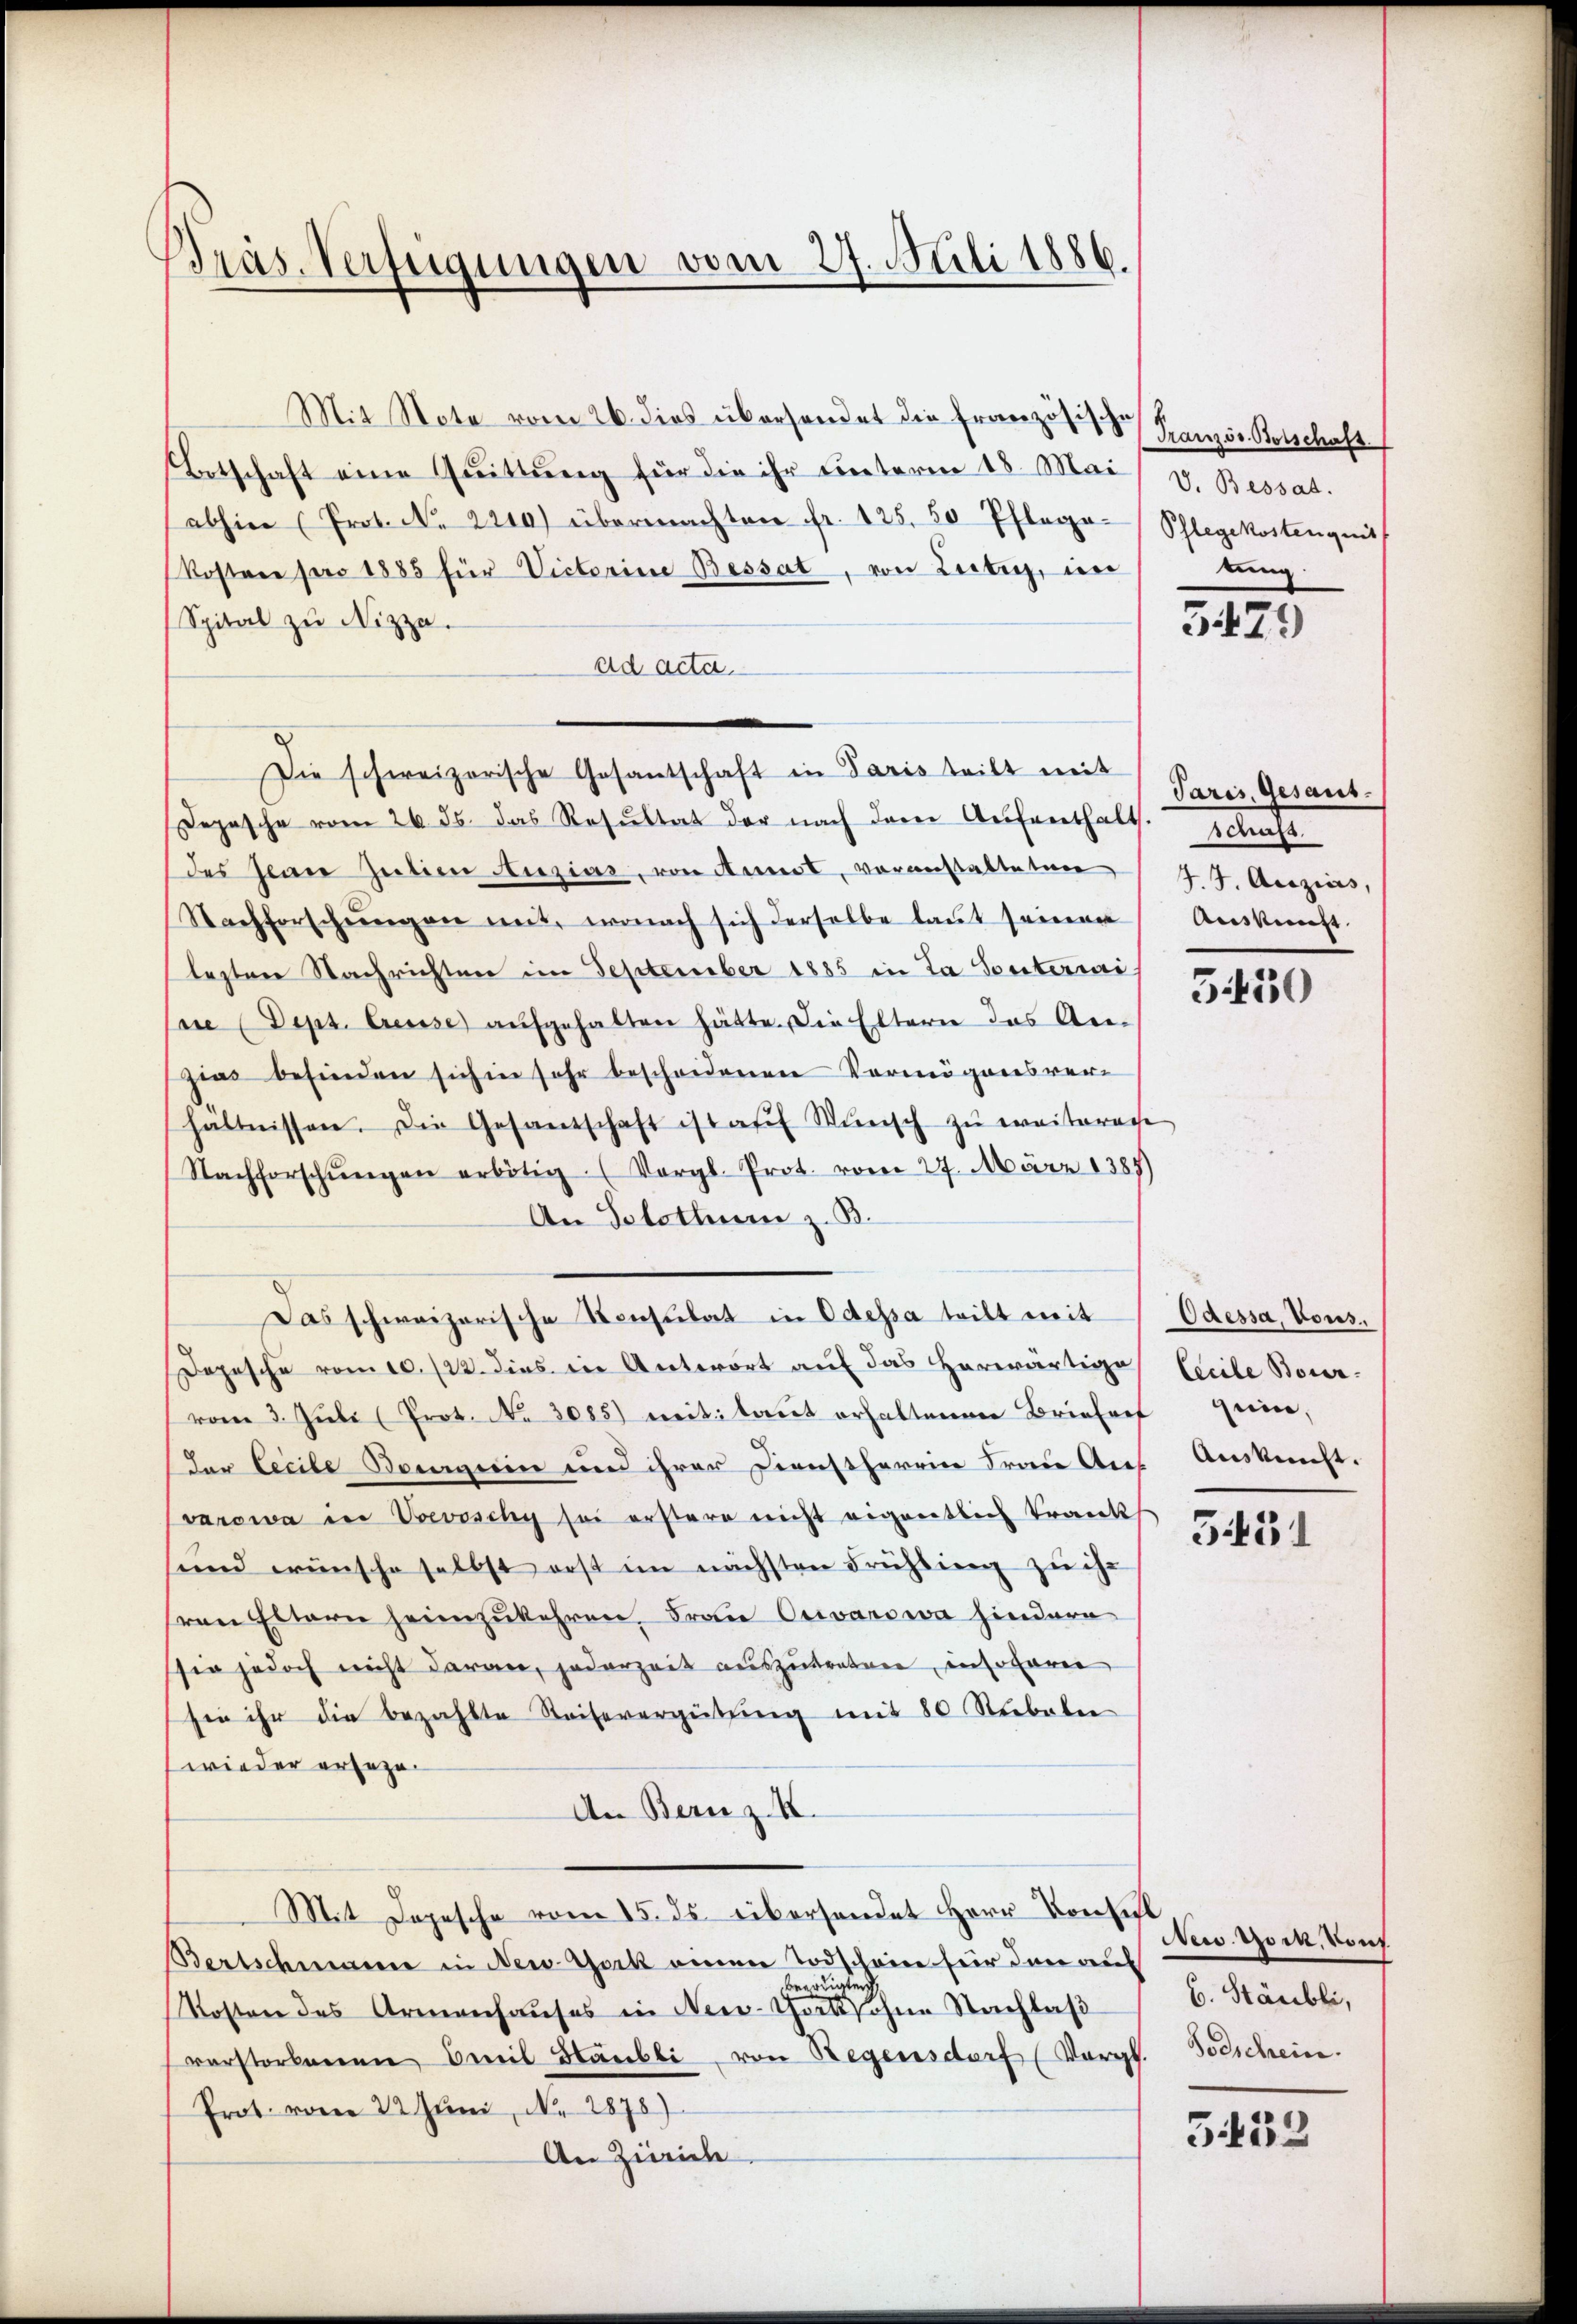
Präs. Verfügungen vom 27. Juli 1886.

Mit Note vom 26. dies überhandet die Französische Französ. Botschafs
Ertschaft eine Quittung für die ihr unterm 18. Mai v. Bessat
abhin (Prot. No. 2210) übermachten fr. 125. 20 Pflego-Schlegekostenquit
Kosten pro 1885 für Victorine Bessat, von Leiten, in
Spital zu Nizza.
ad acta.
Die schweizerische Gesantschaft in Paris teilt mit
opasche vom 26. ds. das Resŭltat der nach dem Aŭfenthalts. schaft.
des Herr Juitien Auzias, von Annot, voranstatteten (27. Anzius,
Nachforschŭngen mit, wonach sich derselbe laut seinen
lesten Nachrichten im September 1885 in La Ponterrai
ne (Deps. Ceuse aŭfgehalten hätte. Die Eltern das An-
zia befinden sich in sehr bescheidenen Vermögensverhältnissen. Die Gesantschaft ist aŭf Wŭnsch zŭ weiterage
Nachforschŭngen erbötig. (Vergl. Prot. vom 27. März 1387)
An Solothum z. B.
Das schweizerische Konsulat in Odessa teilt mit
Depesche vom 10. 122. dies in Antwort auf das herwärtige
vom 3. Juli (Prot. No 3085) mit laut erhaltenen Briefres qui,
der lecile Bourgerin und ihrer Dienstherrn Frau Anf
varowa in Voevoschy sei erstere nicht eigentlich Trank
sund wünsche selbst erst im nächsten Frühling zu ihr
sren Eltern heimzukehren. Frau Orvarowa hindern
sie jedoch nicht daran, jederzeit auszutreten, insofaren
sie ihr die bezahlte Reihevergütŭng mit 80 Nibeln
wieder ersezen
An Bern z. K.
Mit Dopesche vom 15. ds. überhandet Herr Konseil
Bertschmann in New-York einen Todschein für den auf
beerdingten
Kosten des Armenhaŭses in New-York ohne Nachlaβ
verstorbenen Emil Häubli, von Regensdorf (Vergl. Todschein.
Prot. vom 22 Juni, N. 2876).
An Zürich

tung.

3429

Paris, Gesant.
Auskunft.

550

Odessa, Vous.
Cecile Boner-
Ausknecht.

5451

New York, von
6. Stäubli,

533